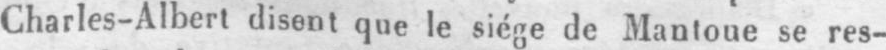
Charles-Albert disent que le siége de Mantoue se res-